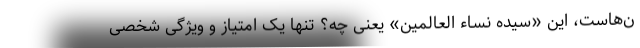
ن‌هاست، این «سیده نساء العالمین» یعنی چه؟ تنها یک امتیاز و ویژگی شخصی